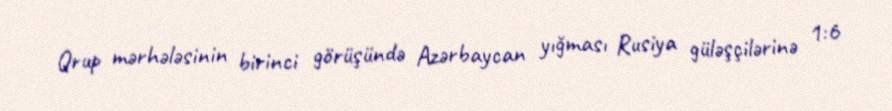
Qrup mərhələsinin birinci görüşündə Azərbaycan yığması Rusiya güləşçilərinə 1:6